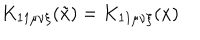
K _ { 1 1 \mu \nu \xi } ( \tilde { x } ) = K _ { 1 1 \mu \nu \xi } ( x )